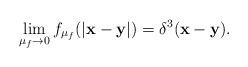
LaTeX: \begin{align*}\lim_{\mu_{f}\to 0}f_{\mu_{f}}(|{\bf x-y}|)=\delta^{3}({\bf x-y}).\end{align*}